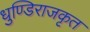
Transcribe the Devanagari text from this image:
धुण्डिराजकृत